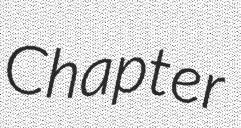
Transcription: Chapter